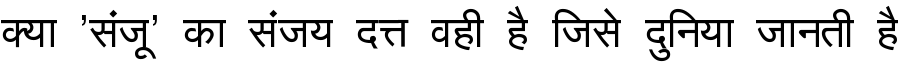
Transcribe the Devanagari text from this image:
क्या 'संजू' का संजय दत्त वही है जिसे दुनिया जानती है